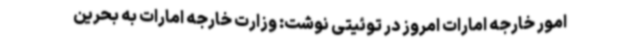
امور خارجه امارات امروز در توئیتی نوشت: وزارت خارجه امارات به بحرین